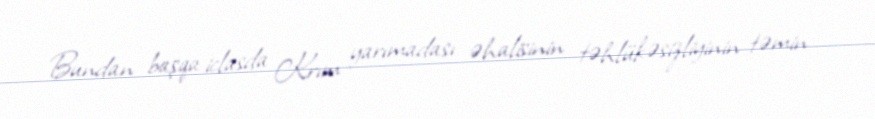
Bundan başqa iclasda Krım yarımadası əhalisinin təhlükəsizliyinin təmin